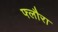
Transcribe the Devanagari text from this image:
फ्लौरा